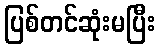
ပြစ်တင်ဆုံးမပြီး